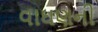
વાઘણની